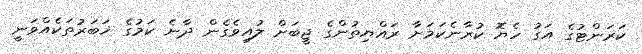
ކަރަންޓުގެ އަގު ހެޔޮ ކުރާނެކަމަށާ ރައްޔިތުންގެ ޖީބަށް ލުއިވެގެން ދާނެ ކަމުގެ ޚަބަރުތަކެއްވަނީ